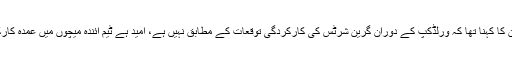
گورننگ بورڈ ارکان کا کہنا تھا کہ ورلڈکپ کے دوران گرین شرٹس کی کارکردگی توقعات کے مطابق نہیں ہے، اُمید ہے ٹیم آئندہ میچوں میں عمدہ کارکردگی دکھائے گی۔